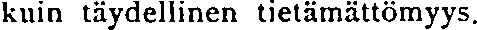
kuin täydellinen tietämättömyys.